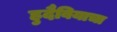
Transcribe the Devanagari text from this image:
हुदैबियाचा